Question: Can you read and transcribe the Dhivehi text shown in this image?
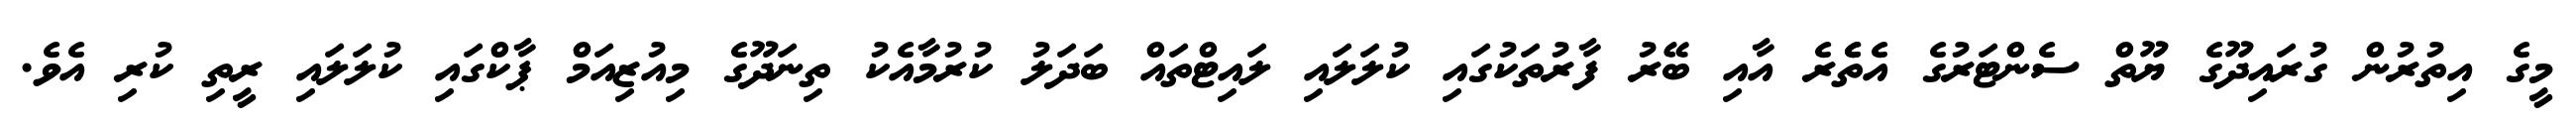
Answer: މީގެ އިތުރުން ގުރައިދޫގެ ޔޫތް ސެންޓަރުގެ އެތެެރެ އާއި ބޭރު ފާރުތަކުގައި ކުލަލައި ލައިޓްތައް ބަދަލު ކުރުމާއެކު ތިނަދޫގެ މިއުޒިއަމް ޕާކްގައި ކުލަލައި ރީތި ކުރި އެވެ.